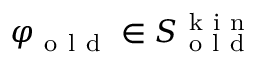
\varphi _ { \mathrm { ~ o ~ l ~ d ~ } } \in S _ { \mathrm { ~ o ~ l ~ d ~ } } ^ { \mathrm { ~ k ~ i ~ n ~ } }